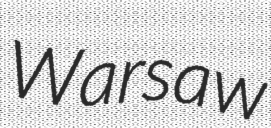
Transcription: Warsaw